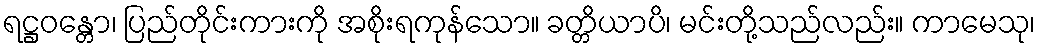
ရဋ္ဌဝန္တော၊ ပြည်တိုင်းကားကို အစိုးရကုန်သော။ ခတ္တိယာပိ၊ မင်းတို့သည်လည်း။ ကာမေသု၊